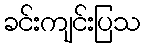
ခင်းကျင်းပြသ